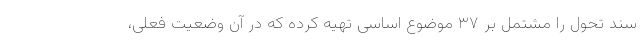
سند تحول را مشتمل بر ۳۷ موضوع اساسی تهیه کرده که در آن وضعیت فعلی،